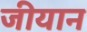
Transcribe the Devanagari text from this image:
जीयान